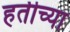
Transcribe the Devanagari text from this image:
हतीच्या